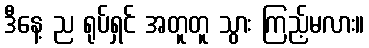
ဒီနေ့ ည ရုပ်ရှင် အတူတူ သွား ကြည့်မလား။